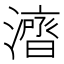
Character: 𱩜